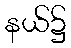
နယ်၌